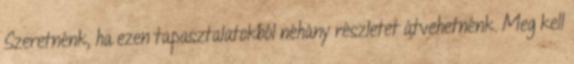
Szeretnénk, ha ezen tapasztalatokból néhány részletet átvehetnénk. Meg kell